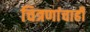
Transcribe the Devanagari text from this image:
चित्रणांचाही